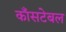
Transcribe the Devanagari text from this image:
काँसटेबल